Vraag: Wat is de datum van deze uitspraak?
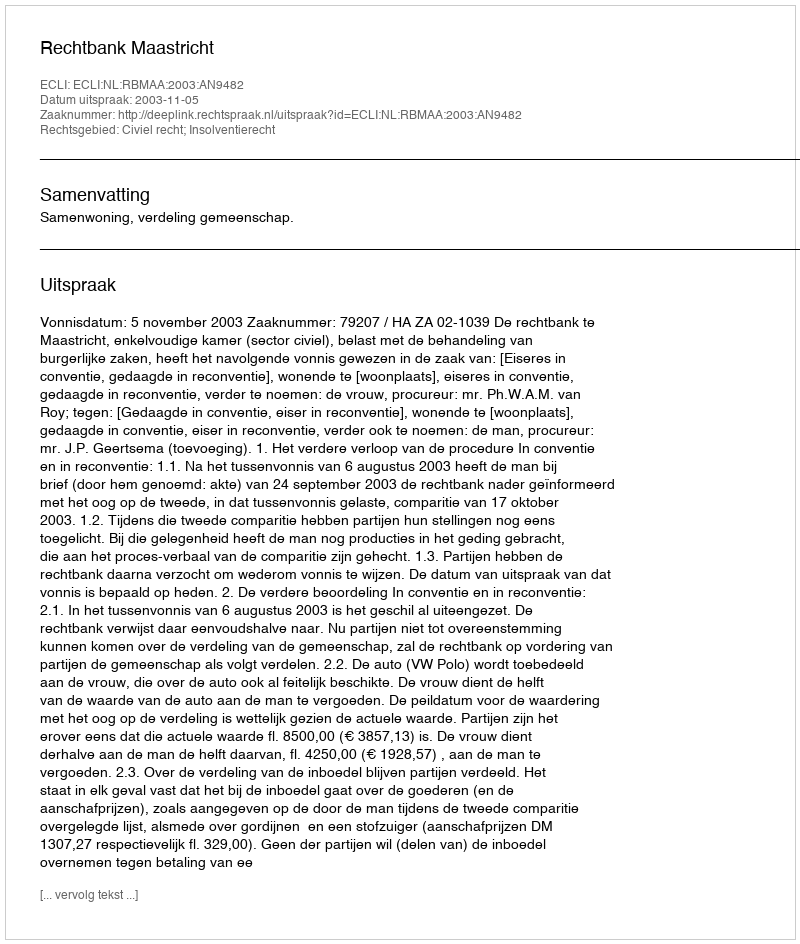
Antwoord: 2003-11-05